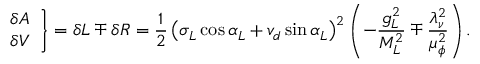
\left. \begin{array} { c } { { \delta A } } \\ { { \delta V } } \end{array} \right\} = \delta L \mp \delta R = \frac 1 2 \left( \sigma _ { L } \cos \alpha _ { L } + v _ { d } \sin \alpha _ { L } \right) ^ { 2 } \left( - \frac { g _ { L } ^ { 2 } } { M _ { L } ^ { 2 } } \mp \frac { \lambda _ { \nu } ^ { 2 } } { \mu _ { \phi } ^ { 2 } } \right) .